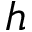
{ h }